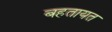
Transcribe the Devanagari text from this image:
बहतायत